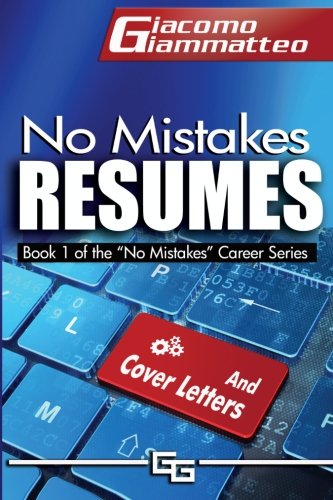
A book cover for No Mistakes Resumes: How To Write A Resume That Will Get You The Interview (No Mistakes Careers) (Volume 1); Giacomo Giammatteo; Business & Money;